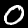
Label: 0